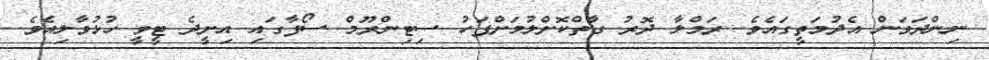
ނިންދަވަން އެދުމަތީގައެވެ. ރަމްލާ ދޮރު ގާތްކޮށްލުމަށްފަހު ސިޓިންރޫމް ސޯފާގައި އިށީދެ ޓީވީ ހުޅުވާލިއެވެ.